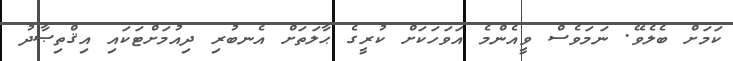
ކަމަށް ބެލެވޭ. ނަމަވެސް ވީއެންމެ އަވަހަކަށް ކުރީގެ ޙާލަތަށް އެނބުރި ދިއުމަށްޓަކައި އިޤްތިޞާދު